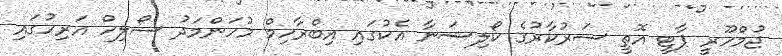
ޖުމްހޫރީ ޕާޓީ އޮތީ ސަރުކާރުގެ ކޯލިޝަނާ އެކުގައި އިބްރާހިމް މުހަންމަދު ސޯލިހް އަރިހުގައި